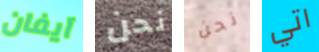
آيفان نحن نحن اتي